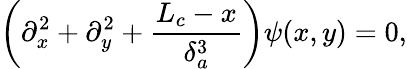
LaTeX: \left(\partial_{x}^{2}+\partial_{y}^{2}+\frac{L_{c}-x}{\delta_{a}^{3}}\right)\psi(x,y)=0,